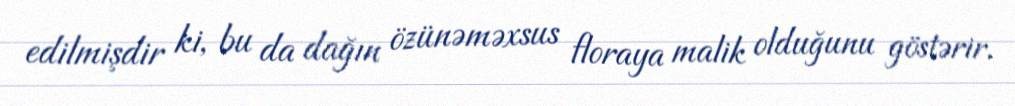
edilmişdir ki, bu da dağın özünəməxsus floraya malik olduğunu göstərir.